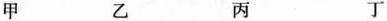
甲 乙 丙 丁